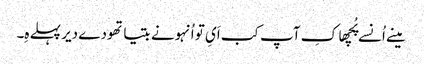
مینے اُنسے پُچھا کِ آپ کب اَیِ تو اُنہونے بتیا تھودے دیر پہلے ہِ۔